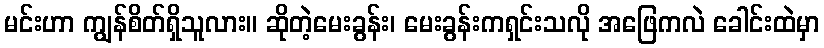
မင်းဟာ ကျွန်စိတ်ရှိသူလား။ ဆိုတဲ့မေးခွန်း၊ မေးခွန်းကရှင်းသလို အဖြေကလဲ ခေါင်းထဲမှာ